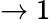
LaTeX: \to 1